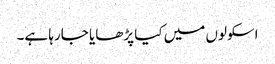
اسکولوں میں کیا پڑھایا جارہا ہے۔